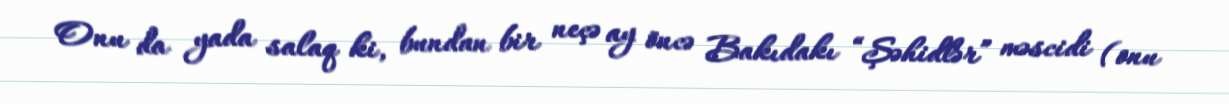
Onu da yada salaq ki, bundan bir neçə ay öncə Bakıdakı “Şəhidlər” məscidi (onu